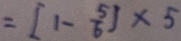
= [ 1 - \frac { 5 } { 6 } ] \times 5